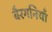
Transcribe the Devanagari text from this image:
बैरगनियाँ